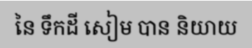
នៃ ទឹកដី សៀម បាន និយាយ